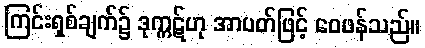
ကြင်းရှစ်ချက်၌ ဒုက္ကဋ်ဟု အာပတ်ဖြင့် ဝေဖန်သည်။